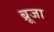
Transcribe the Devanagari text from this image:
ब्रूजा